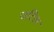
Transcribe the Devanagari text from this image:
जटिल